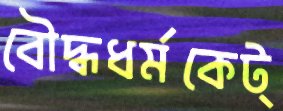
বৌদ্ধধর্মকেট্